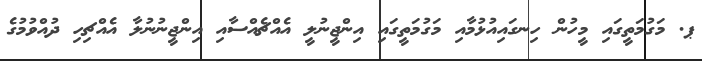
ޕ. މަގުމަތީގައި މީހުން ހިނގައިއުޅުމާއި މަގުމަތީގައި އިންޖީނުލީ އެއްޗެއްސާއި އިންޖީނުނުލާ އެއްޗިހި ދުއްވުމުގެ